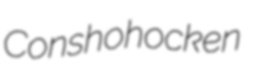
Conshohocken